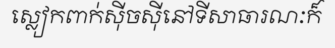
ស្លៀកពាក់ស៊ីចស៊ីនៅទីសាធារណៈក៏